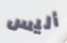
أليس